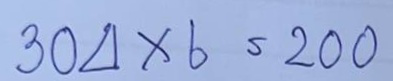
304 x 6 = 200